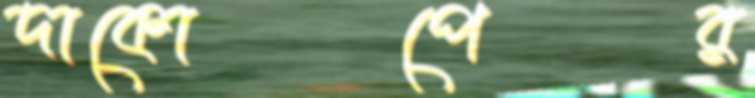
দাকোপের